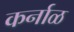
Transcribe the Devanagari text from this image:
कर्नाळ